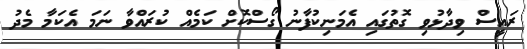
ރައީސް ވިދާޅުވި ގޮތުގައި އެމަނިކުފާނު ގޯސްކޮށް ކަމެއް ކުރައްވާ ނަމަ އެކަމާ މެދު